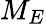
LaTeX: M_{E}